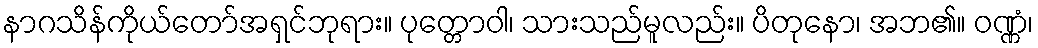
နာဂသိန်ကိုယ်တော်အရှင်ဘုရား။ ပုတ္တောဝါ၊ သားသည်မူလည်း။ ပိတုနော၊ အဘ၏။ ဝဏ္ဏံ၊